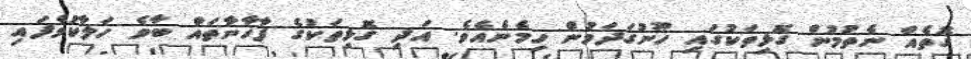
ގޮތެއް ނެތުމުން ގޮޅިތަކުގައި ހޫނުގަދަވުން ހިމެނެއެވެ. އަދި ގޮޅިތަކުގެ ފާޚާނާތައް ބާވެ ހަލާކުވެފައި